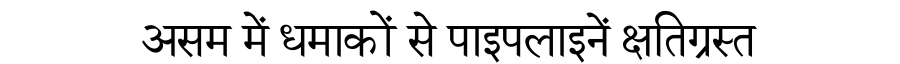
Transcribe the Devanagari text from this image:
असम में धमाकों से पाइपलाइनें क्षतिग्रस्त